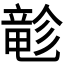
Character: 𲎬